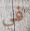
في